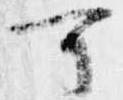
了